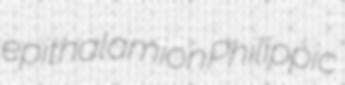
epithalamion Philippic